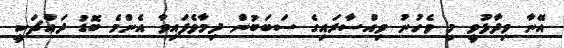
އޭނާ ވިދާޅުވީ މި ވެހުުނު ވިއްސާރައިގެ ސަބަބުން ދިމާވެފައިވާ އެންމެ ބޮޑު ދައްޗަކީ